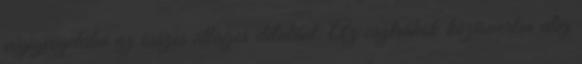
végigvegetálni az összes átlagos délutánt. Az osztrákok közismerten alig